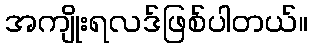
အကျိုးရလဒ်ဖြစ်ပါတယ်။